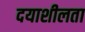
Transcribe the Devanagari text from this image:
दयाशीलता